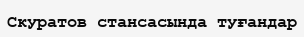
Скуратов стансасында туғандар